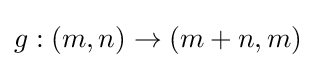
g:(m,n)\rightarrow (m+n,m)